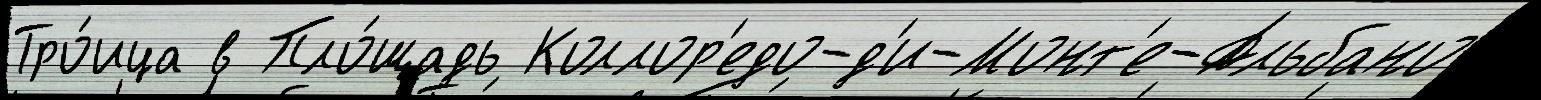
Тро́ица в Пло́щадь Коллор'едо-д'и-Монт'е-Альбано